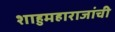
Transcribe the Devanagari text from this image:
शाहुमहाराजांची